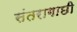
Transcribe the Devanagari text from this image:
संतरागाछी